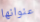
عنوانها